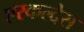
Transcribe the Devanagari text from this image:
एस्कल्देस